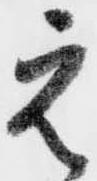
元